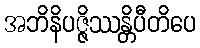
အဘိနိပဇ္ဇိဿန္တိပီတိပေ